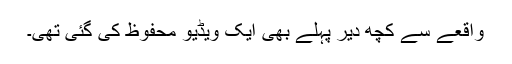
واقعے سے کچھ دیر پہلے بھی ایک ویڈیو محفوظ کی گئی تھی۔